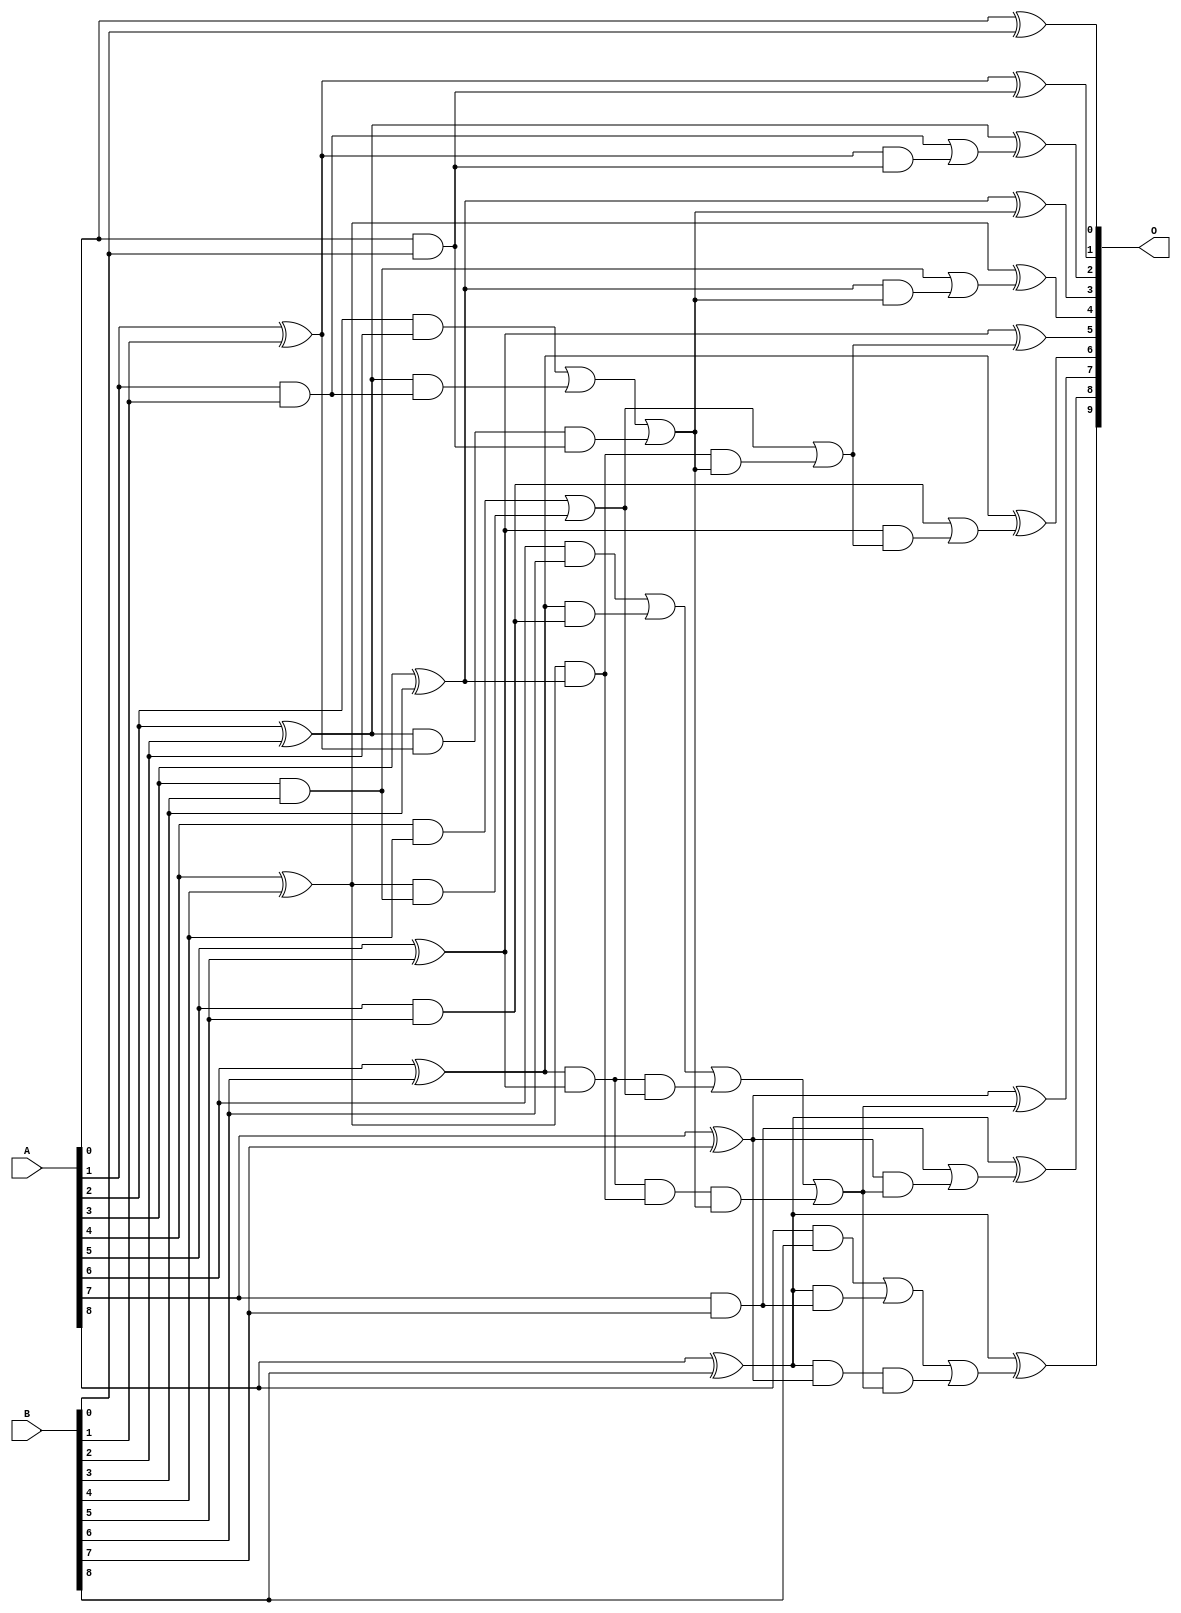
// This program was cloned from: https://github.com/ehw-fit/evoapproxlib
// License: MIT License

/***
* This code is a part of EvoApproxLib library (ehw.fit.vutbr.cz/approxlib) distributed under The MIT License.
* When used, please cite the following article(s): V. Mrazek, L. Sekanina, Z. Vasicek "Libraries of Approximate Circuits: Automated Design and Application in CNN Accelerators" IEEE Journal on Emerging and Selected Topics in Circuits and Systems, Vol 10, No 4, 2020 
* This file contains a circuit from a sub-set of pareto optimal circuits with respect to the pwr and ep parameters
***/
// MAE% = 0.00 %
// MAE = 0 
// WCE% = 0.00 %
// WCE = 0 
// WCRE% = 0.00 %
// EP% = 0.00 %
// MRE% = 0.00 %
// MSE = 0 
// PDK45_PWR = 0.039 mW
// PDK45_AREA = 83.5 um2
// PDK45_DELAY = 0.71 ns

module add9se_07Y (
    A,
    B,
    O
);

input [8:0] A;
input [8:0] B;
output [9:0] O;

wire sig_18,sig_19,sig_20,sig_21,sig_22,sig_23,sig_24,sig_25,sig_26,sig_27,sig_28,sig_29,sig_30,sig_31,sig_32,sig_33,sig_34,sig_35,sig_37,sig_38;
wire sig_39,sig_40,sig_41,sig_42,sig_43,sig_44,sig_45,sig_46,sig_47,sig_48,sig_49,sig_50,sig_51,sig_52,sig_53,sig_54,sig_55,sig_56,sig_57,sig_58;
wire sig_59,sig_60,sig_61,sig_62,sig_63,sig_64,sig_65,sig_66,sig_67,sig_68,sig_69,sig_70,sig_71,sig_72,sig_73,sig_74,sig_75,sig_76;

assign sig_18 = A[0] & B[0];
assign sig_19 = A[0] ^ B[0];
assign sig_20 = A[1] & B[1];
assign sig_21 = A[1] ^ B[1];
assign sig_22 = A[2] & B[2];
assign sig_23 = A[2] ^ B[2];
assign sig_24 = A[3] & B[3];
assign sig_25 = A[3] ^ B[3];
assign sig_26 = A[4] & B[4];
assign sig_27 = A[4] ^ B[4];
assign sig_28 = A[5] & B[5];
assign sig_29 = A[5] ^ B[5];
assign sig_30 = A[6] & B[6];
assign sig_31 = A[6] ^ B[6];
assign sig_32 = A[7] & B[7];
assign sig_33 = A[7] ^ B[7];
assign sig_34 = A[8] & B[8];
assign sig_35 = A[8] ^ B[8];
assign sig_37 = sig_23 & sig_20;
assign sig_38 = sig_23 & sig_21;
assign sig_39 = sig_22 | sig_37;
assign sig_40 = sig_27 & sig_24;
assign sig_41 = sig_27 & sig_25;
assign sig_42 = sig_26 | sig_40;
assign sig_43 = sig_31 & sig_28;
assign sig_44 = sig_31 & sig_29;
assign sig_45 = sig_30 | sig_43;
assign sig_46 = sig_35 & sig_32;
assign sig_47 = sig_35 & sig_33;
assign sig_48 = sig_34 | sig_46;
assign sig_49 = sig_38 & sig_18;
assign sig_50 = sig_39 | sig_49;
assign sig_51 = sig_44 & sig_42;
assign sig_52 = sig_44 & sig_41;
assign sig_53 = sig_45 | sig_51;
assign sig_54 = sig_52 & sig_50;
assign sig_55 = sig_53 | sig_54;
assign sig_56 = sig_41 & sig_50;
assign sig_57 = sig_42 | sig_56;
assign sig_58 = sig_47 & sig_55;
assign sig_59 = sig_48 | sig_58;
assign sig_60 = sig_21 & sig_18;
assign sig_61 = sig_20 | sig_60;
assign sig_62 = sig_25 & sig_50;
assign sig_63 = sig_24 | sig_62;
assign sig_64 = sig_29 & sig_57;
assign sig_65 = sig_28 | sig_64;
assign sig_66 = sig_33 & sig_55;
assign sig_67 = sig_32 | sig_66;
assign sig_68 = sig_21 ^ sig_18;
assign sig_69 = sig_23 ^ sig_61;
assign sig_70 = sig_25 ^ sig_50;
assign sig_71 = sig_27 ^ sig_63;
assign sig_72 = sig_29 ^ sig_57;
assign sig_73 = sig_31 ^ sig_65;
assign sig_74 = sig_33 ^ sig_55;
assign sig_75 = sig_35 ^ sig_67;
assign sig_76 = sig_35 ^ sig_59;

assign O[9] = sig_76;
assign O[8] = sig_75;
assign O[7] = sig_74;
assign O[6] = sig_73;
assign O[5] = sig_72;
assign O[4] = sig_71;
assign O[3] = sig_70;
assign O[2] = sig_69;
assign O[1] = sig_68;
assign O[0] = sig_19;

endmodule